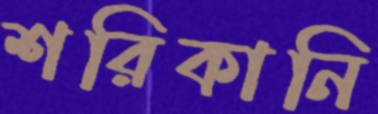
শরিকানি